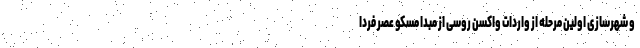
و شهرسازی اولین مرحله از واردات واکسن‌ روسی از مبدا مسکو عصر فردا